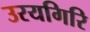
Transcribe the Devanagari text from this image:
उरयगिरि